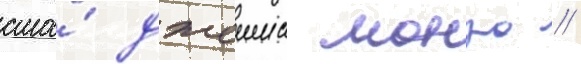
сша́ джеимс монро //